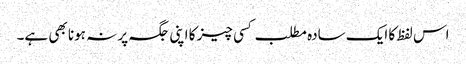
اس لفظ کا ایک سادہ مطلب کسی چیز کا اپنی جگہ پر نہ ہونا بھی ہے۔